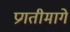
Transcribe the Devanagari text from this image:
प्रगतीमागे